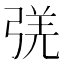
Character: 𰐛